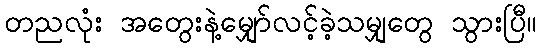
တညလုံး အတွေးနဲ့မျှော်လင့်ခဲ့သမျှတွေ သွားပြီ။